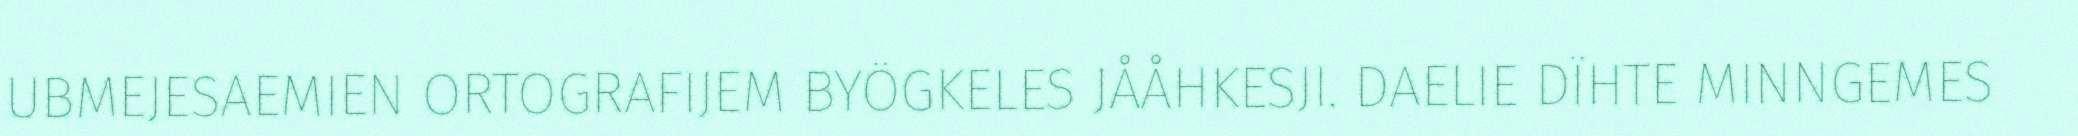
UBMEJESAEMIEN ORTOGRAFIJEM BYÖGKELES JÅÅHKESJI. DAELIE DÏHTE MINNGEMES